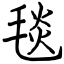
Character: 毯